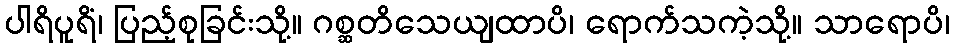
ပါရိပူရိံ၊ ပြည့်စုခြင်းသို့။ ဂစ္ဆတိသေယျထာပိ၊ ရောက်သကဲ့သို့။ သာရောပိ၊